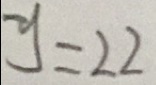
y = 2 2